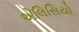
એલિસિયો